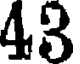
43